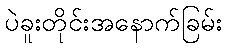
ပဲခူးတိုင်းအနောက်ခြမ်း